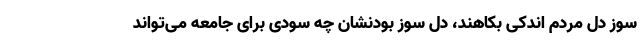
سوز دل مردم اندکی بکاهند، دل سوز بودنشان چه سودی برای جامعه می‌تواند